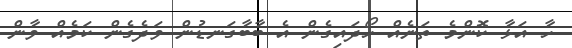
ހާ އަޅާ ކޮންމެ ތަނެއް ހޯދައިގެން އެ ބާބާގަނޑުން ވަދެގެން ކަމެއް ވާން